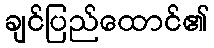
ချင်ပြည်ထောင်၏